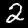
Digit: 2